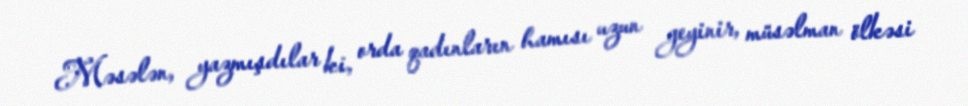
Məsələn, yazmışdılar ki, orda qadınların hamısı uzun geyinir, müsəlman ölkəsi